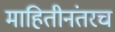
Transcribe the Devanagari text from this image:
माहितीनंतरच